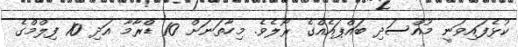
ކުޅެފައިވަނީ މުއްސަދި ބައްޕައެއްގެ ރޯލެވެ. މިހާތަނަށް 10 ޑްރާމާ އަދި 10 ފިލްމްގެ